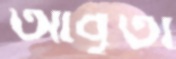
আবৃতা